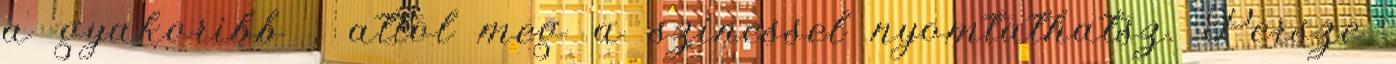
a gyakoribb , attol meg a szinessel nyomtathatsz. Persze